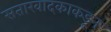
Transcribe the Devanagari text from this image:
सतारवादकाकडून